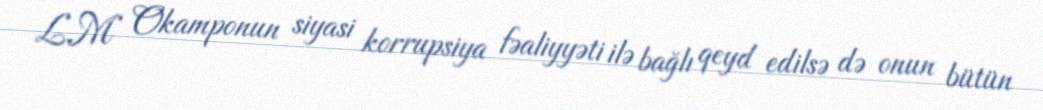
L.M Okamponun siyasi korrupsiya fəaliyyəti ilə bağlı qeyd edilsə də onun bütün